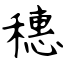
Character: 穗